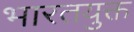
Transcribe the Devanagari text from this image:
भारतयुक्त